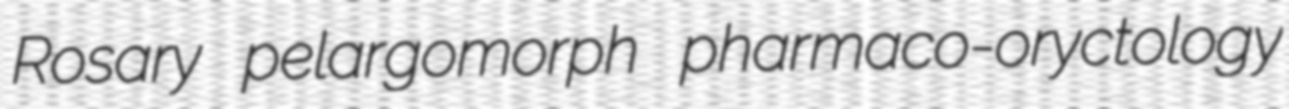
Rosary pelargomorph pharmaco-oryctology